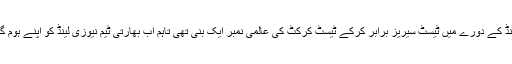
مصباح الحق کی قیادت میں پاکستانی ٹیم انگلینڈ کے دورے میں ٹیسٹ سیریز برابر کرکے ٹیسٹ کرکٹ کی عالمی نمبر ایک بنی تھی تاہم اب بھارتی ٹیم نیوزی لینڈ کو اپنے ہوم گراؤنڈ پر ہراکر عالمی نمبر ایک بن گئی ہے ۔